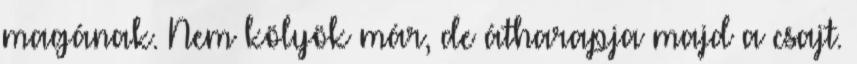
magának. Nem kölyök már, de átharapja majd a csajt.